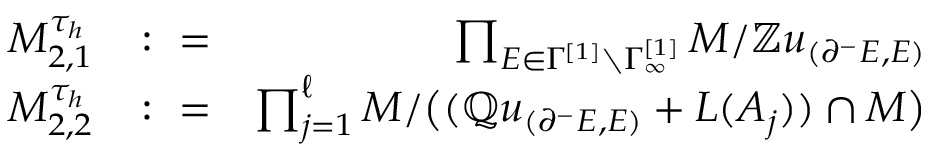
\begin{array} { r l r } { M _ { 2 , 1 } ^ { \tau _ { h } } } & { \colon = } & { \prod _ { E \in \Gamma ^ { [ 1 ] } \setminus \Gamma _ { \infty } ^ { [ 1 ] } } M / \mathbb { Z } u _ { ( \partial ^ { - } E , E ) } } \\ { M _ { 2 , 2 } ^ { \tau _ { h } } } & { \colon = } & { \prod _ { j = 1 } ^ { \ell } M / \big ( ( \mathbb { Q } u _ { ( \partial ^ { - } E , E ) } + L ( A _ { j } ) ) \cap M \big ) } \end{array}